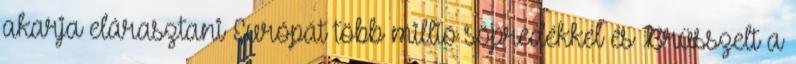
akarja elárasztani Európát több millió söpredékkel és Brüsszelt a